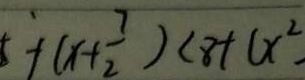
+ ( x + \frac { 7 } { 2 } ) < 8 + ( x ^ { 2 } )